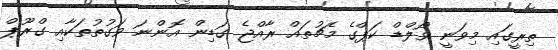
ތިރީގައި މިވަނީ ވޯލްޑް ކަޕްގެ މެޗުތައް ރާއްޖެ ގަޑިން އޮންނަ ވަގުތުތަކާއި ގްރޫޕް